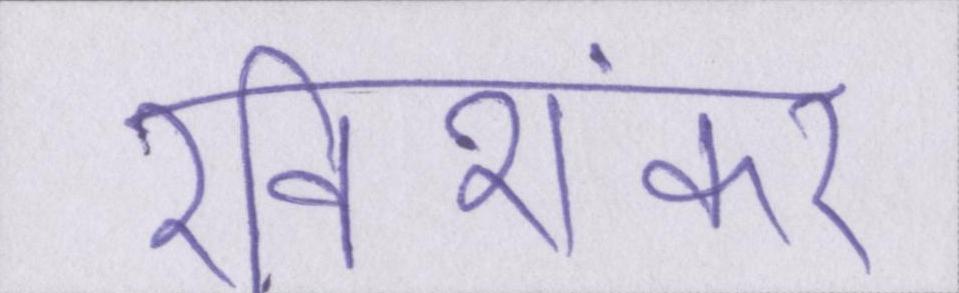
रविशंकर